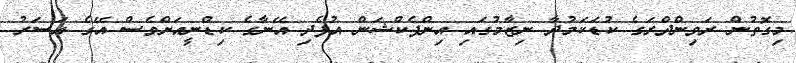
މިގޮތުން ރަވިންދްރަގެ ކުޑަކަމުދާ ނިޒާމުގައި އިންފެކްޝަން އުފެދި އޭނާގެ ކިޑްނީއަށްވެސް އޭގެ އަސަރު